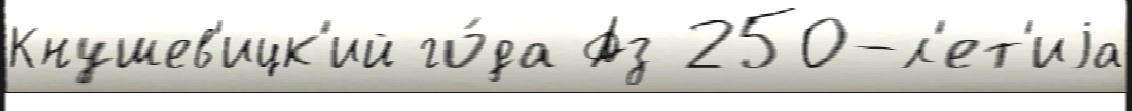
Кнушев'ицк'ий го́да Аз 250-л'ет'иjа